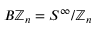
B \mathbb { Z } _ { n } = S ^ { \infty } / \mathbb { Z } _ { n }